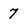
Character: 7